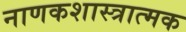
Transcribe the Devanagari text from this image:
नाणकशास्त्रात्मक